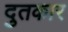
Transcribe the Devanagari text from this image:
दुतकार